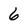
Character: 6